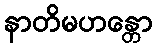
နာတိမဟန္တော